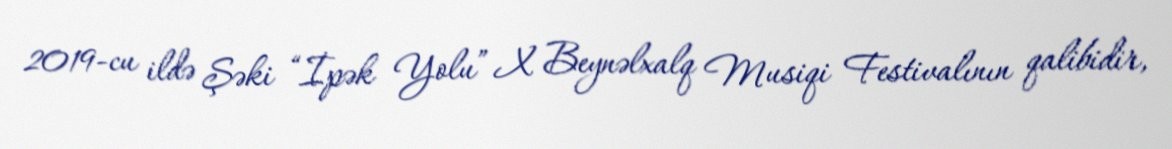
2019-cu ildə Şəki “İpək Yolu” X Beynəlxalq Musiqi Festivalının qalibidir,